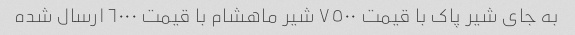
به جای شیر پاک با قیمت ٧٥٠٠ شیر ماهشام با قیمت ٦٠٠٠ ارسال شده